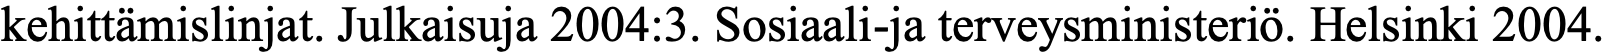
kehittämislinjat. Julkaisuja 2004:3. Sosiaali-ja terveysministeriö. Helsinki 2004.